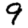
Digit: 9